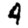
Digit: 4